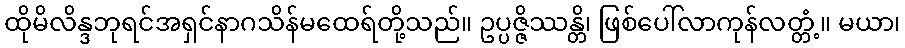
ထိုမိလိန္ဒဘုရင်အရှင်နာဂသိန်မထေရ်တို့သည်။ ဥပ္ပဇ္ဇိဿန္တိ၊ ဖြစ်ပေါ်လာကုန်လတ္တံ့။ မယာ၊